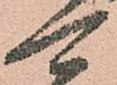
可